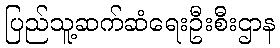
ပြည်သူ့ဆက်ဆံရေးဦးစီးဌာန